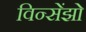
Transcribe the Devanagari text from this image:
विन्सेंझो